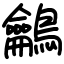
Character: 鸙